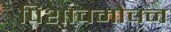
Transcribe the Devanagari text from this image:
पिशाचमोचन